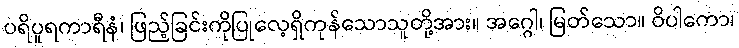
ပရိပူရကာရီနံ၊ ဖြည့်ခြင်းကိုပြုလေ့ရှိကုန်သောသူတို့အား။ အဂ္ဂေါ၊ မြတ်သော။ ဝိပါကော၊